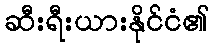
ဆီးရီးယားနိုင်ငံ၏